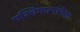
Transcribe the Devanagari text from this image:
पश्चिमात्यांपेक्षा